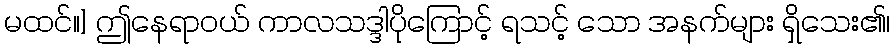
မထင်။] ဤနေရာဝယ် ကာလသဒ္ဒါပိုကြောင့် ရသင့် သော အနက်များ ရှိသေး၏၊